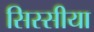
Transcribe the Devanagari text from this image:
सिस्सीया